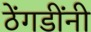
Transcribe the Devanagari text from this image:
ठेंगडींनी